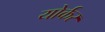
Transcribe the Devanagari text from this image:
योर्कर